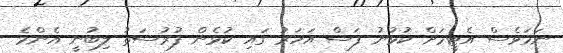
ނަމަވެސް އެޓީމަށް ކުޅުނު ފަސް އަހަރު ގައި ކުޅެން ފުރުސަތު ލިބުނީ އެންމެ